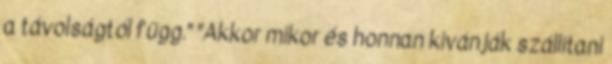
a távolságtól függ." "Akkor mikor és honnan kivánják szállitani